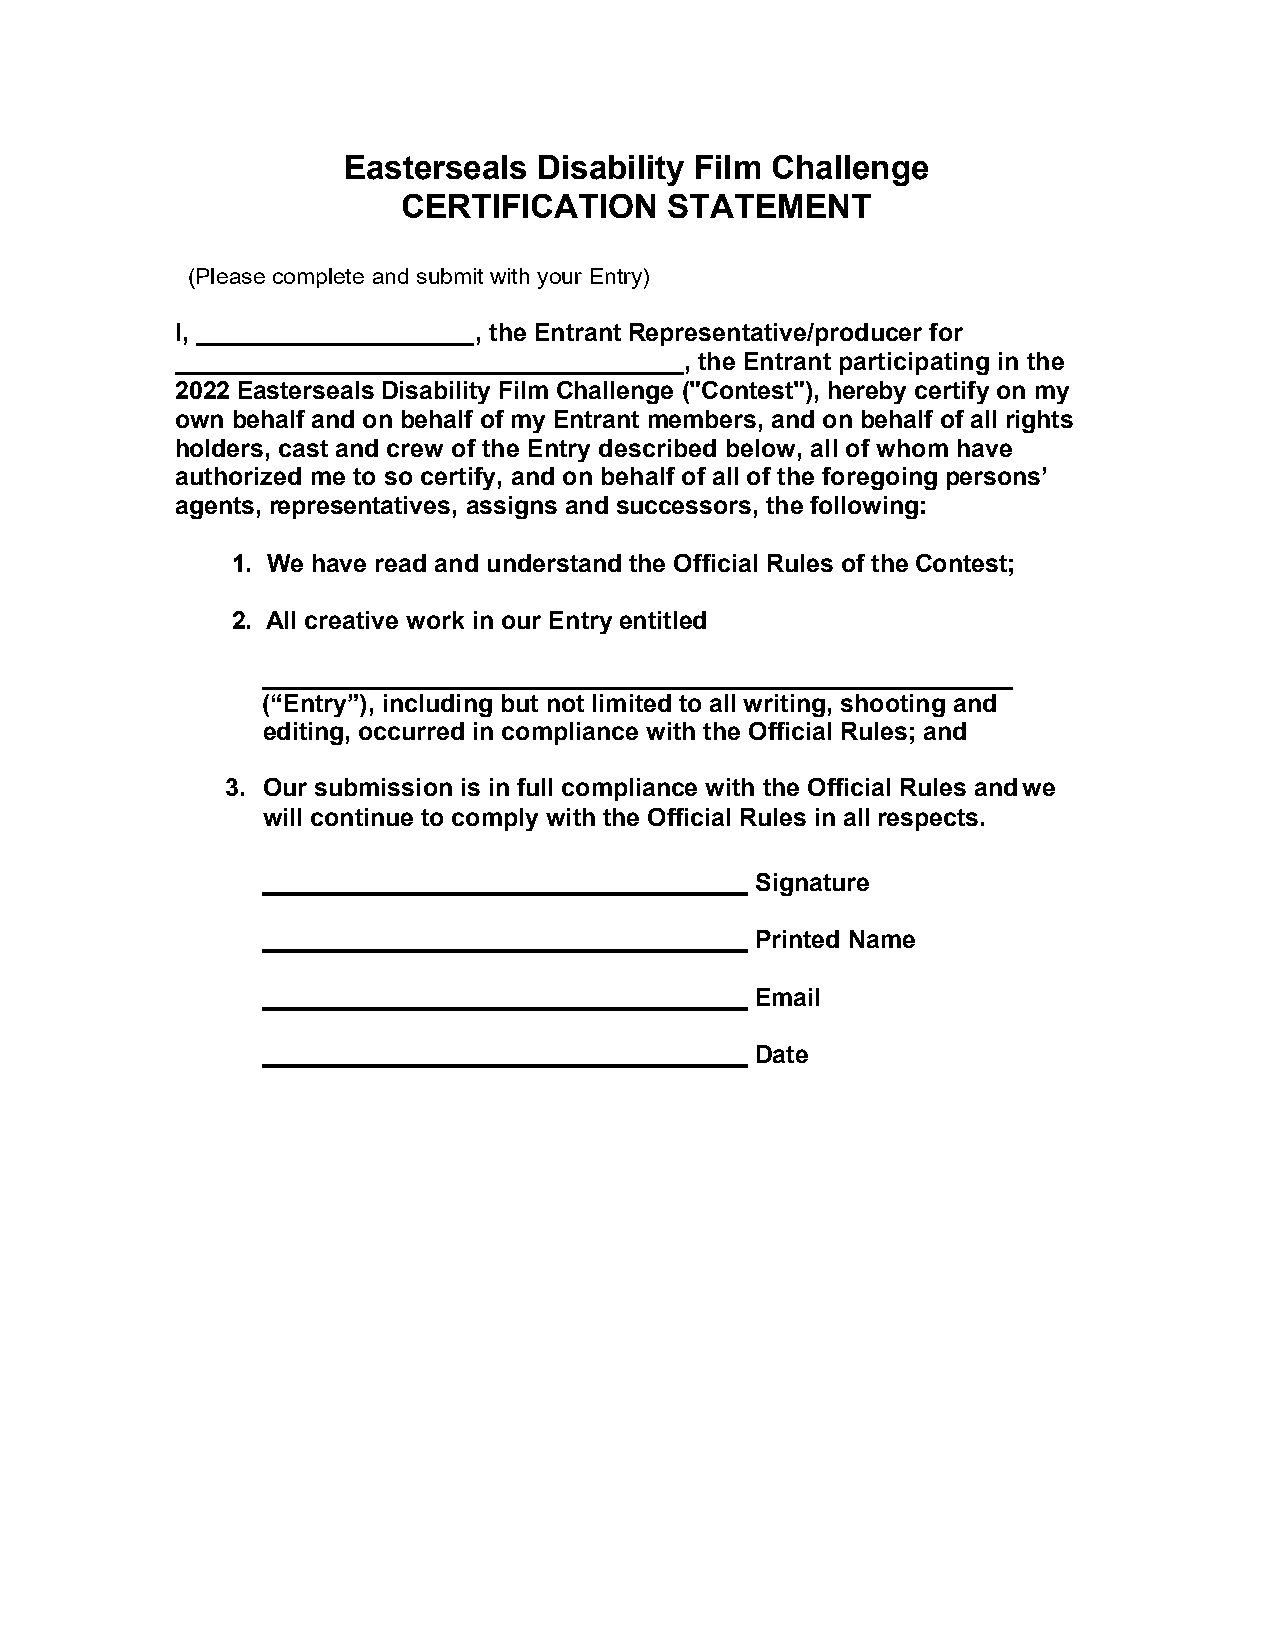
Easterseals  Disability Film Challenge
 CERTIFICATION    STATEMENT
 (Please complete and submit with your Entry)
 I, ____________________ , the Entrant Representative/producer for
 _____________________________________, the Entrant participating in the
 2022 Easterseals Disability Film Challenge ("Contest"), hereby certify on my
 own behalf and on behalf of my Entrant members, and on behalf of all rights
 holders, cast and crew of the Entry described below, all of whom have
 authorized me to so certify, and on behalf of all of the foregoing persons’
 agents, representatives, assigns and successors, the following:
 1. We have read and understand the Official Rules of the Contest;
 2. All creative work in our Entry entitled
 (“Entry”), including but not limited to all writing, shooting and
 editing, occurred in compliance with the Official Rules; and
 3. Our submission is in full compliance with the Official Rules and we
 will continue to comply with the Official Rules in all respects.
 Signature
 Printed Name
 Email
 Date